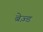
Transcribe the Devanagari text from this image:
ब्रेज़्ड